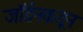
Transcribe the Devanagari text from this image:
जॉर्डनकडून